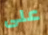
على